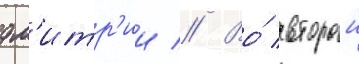
дм'итр'ии // Во́ второи